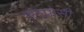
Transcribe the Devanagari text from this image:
लिप्रोसी